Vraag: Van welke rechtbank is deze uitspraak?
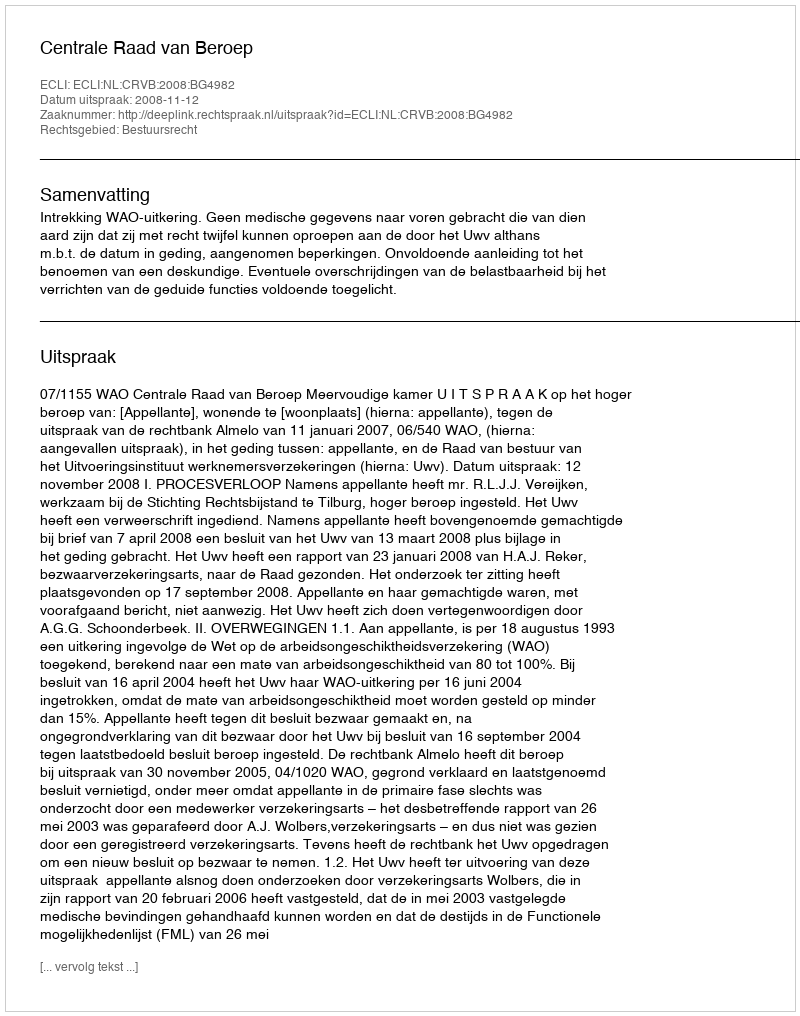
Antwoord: Centrale Raad van Beroep